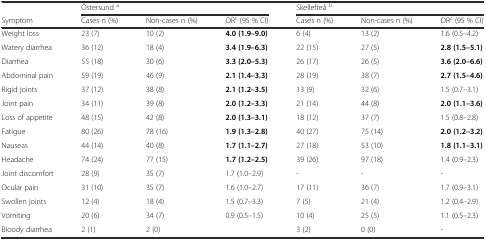
<table><thead><tr><td></td><td colspan="3"><b>Östersund <sup>a</sup></b></td><td colspan="3"><b>Skellefteå <sup>b</sup></b></td></tr><tr><td><b>Symptom</b></td><td><b>Cases n (%)</b></td><td><b>Non-cases n (%)</b></td><td><b>OR<sup>c</sup> (95 % CI)</b></td><td><b>Cases n (%)</b></td><td><b>Non-cases n (%)</b></td><td><b>OR<sup>c</sup> (95 % CI)</b></td></tr></thead><tbody><tr><td>Weight loss</td><td>23 (7)</td><td>10 (2)</td><td><b>4.0 (1.9–9.0)</b></td><td>6 (4)</td><td>13 (2)</td><td>1.6 (0.5–4.2)</td></tr><tr><td>Watery diarrhea</td><td>36 (12)</td><td>18 (4)</td><td><b>3.4 (1.9–6.3)</b></td><td>22 (15)</td><td>27 (5)</td><td><b>2.8 (1.5–5.1)</b></td></tr><tr><td>Diarrhea</td><td>55 (18)</td><td>30 (6)</td><td><b>3.3 (2.0–5.3)</b></td><td>26 (17)</td><td>26 (5)</td><td><b>3.6 (2.0–6.6)</b></td></tr><tr><td>Abdominal pain</td><td>59 (19)</td><td>46 (9)</td><td><b>2.1 (1.4–3.3)</b></td><td>28 (19)</td><td>38 (7)</td><td><b>2.7 (1.5–4.6)</b></td></tr><tr><td>Rigid joints</td><td>37 (12)</td><td>38 (8)</td><td><b>2.1 (1.2–3.5)</b></td><td>13 (9)</td><td>32 (6)</td><td>1.5 (0.7–3.1)</td></tr><tr><td>Joint pain</td><td>34 (11)</td><td>39 (8)</td><td><b>2.0 (1.2–3.3)</b></td><td>21 (14)</td><td>44 (8)</td><td><b>2.0 (1.1–3.6)</b></td></tr><tr><td>Loss of appetite</td><td>48 (15)</td><td>42 (8)</td><td><b>2.0 (1.3–3.1)</b></td><td>18 (12)</td><td>37 (7)</td><td>1.5 (0.8–2.8)</td></tr><tr><td>Fatigue</td><td>80 (26)</td><td>78 (16)</td><td><b>1.9 (1.3–2.8)</b></td><td>40 (27)</td><td>75 (14)</td><td><b>2.0 (1.2–3.2)</b></td></tr><tr><td>Nauseas</td><td>44 (14)</td><td>40 (8)</td><td><b>1.7 (1.1–2.7)</b></td><td>27 (18)</td><td>53 (10)</td><td><b>1.8 (1.1–3.1)</b></td></tr><tr><td>Headache</td><td>74 (24)</td><td>77 (15)</td><td><b>1.7 (1.2–2.5)</b></td><td>39 (26)</td><td>97 (18)</td><td>1.4 (0.9–2.3)</td></tr><tr><td>Joint discomfort</td><td>28 (9)</td><td>35 (7)</td><td>1.7 (1.0–2.9)</td><td>-</td><td>-</td><td>-</td></tr><tr><td>Ocular pain</td><td>31 (10)</td><td>35 (7)</td><td>1.6 (1.0–2.7)</td><td>17 (11)</td><td>36 (7)</td><td>1.7 (0.9–3.1)</td></tr><tr><td>Swollen joints</td><td>12 (4)</td><td>18 (4)</td><td>1.5 (0.7–3.3)</td><td>7 (5)</td><td>21 (4)</td><td>1.2 (0.4–2.9)</td></tr><tr><td>Vomiting</td><td>20 (6)</td><td>34 (7)</td><td>0.9 (0.5–1.5)</td><td>10 (4)</td><td>25 (5)</td><td>1.1 (0.5–2.3)</td></tr><tr><td>Bloody diarrhea</td><td>2 (1)</td><td>2 (0)</td><td></td><td>3 (2)</td><td>0 (0)</td><td>-</td></tr></tbody></table>